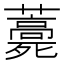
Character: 𧂎